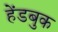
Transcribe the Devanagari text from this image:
हेंडबुक